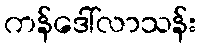
ကန်ဒေါ်လာသန်း